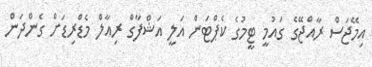
އިމޭޖަސް ރާއްޖޭގެ ގައުމީ ޓީމުގެ ކެޕްޓަން އަލީ އަޝްފާގް ރިއާލް މެޑްރިޑަށް ގެންދަން